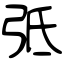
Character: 弤